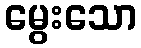
မွေးသော